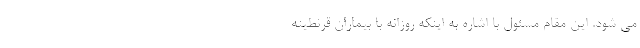
می شود. این مقام مسئول با اشاره به اینکه روزانه با بیماران قرنطینه